65_HS1-834228961_62-HQ-83894_Section_7
Agency: FBI
Page 97
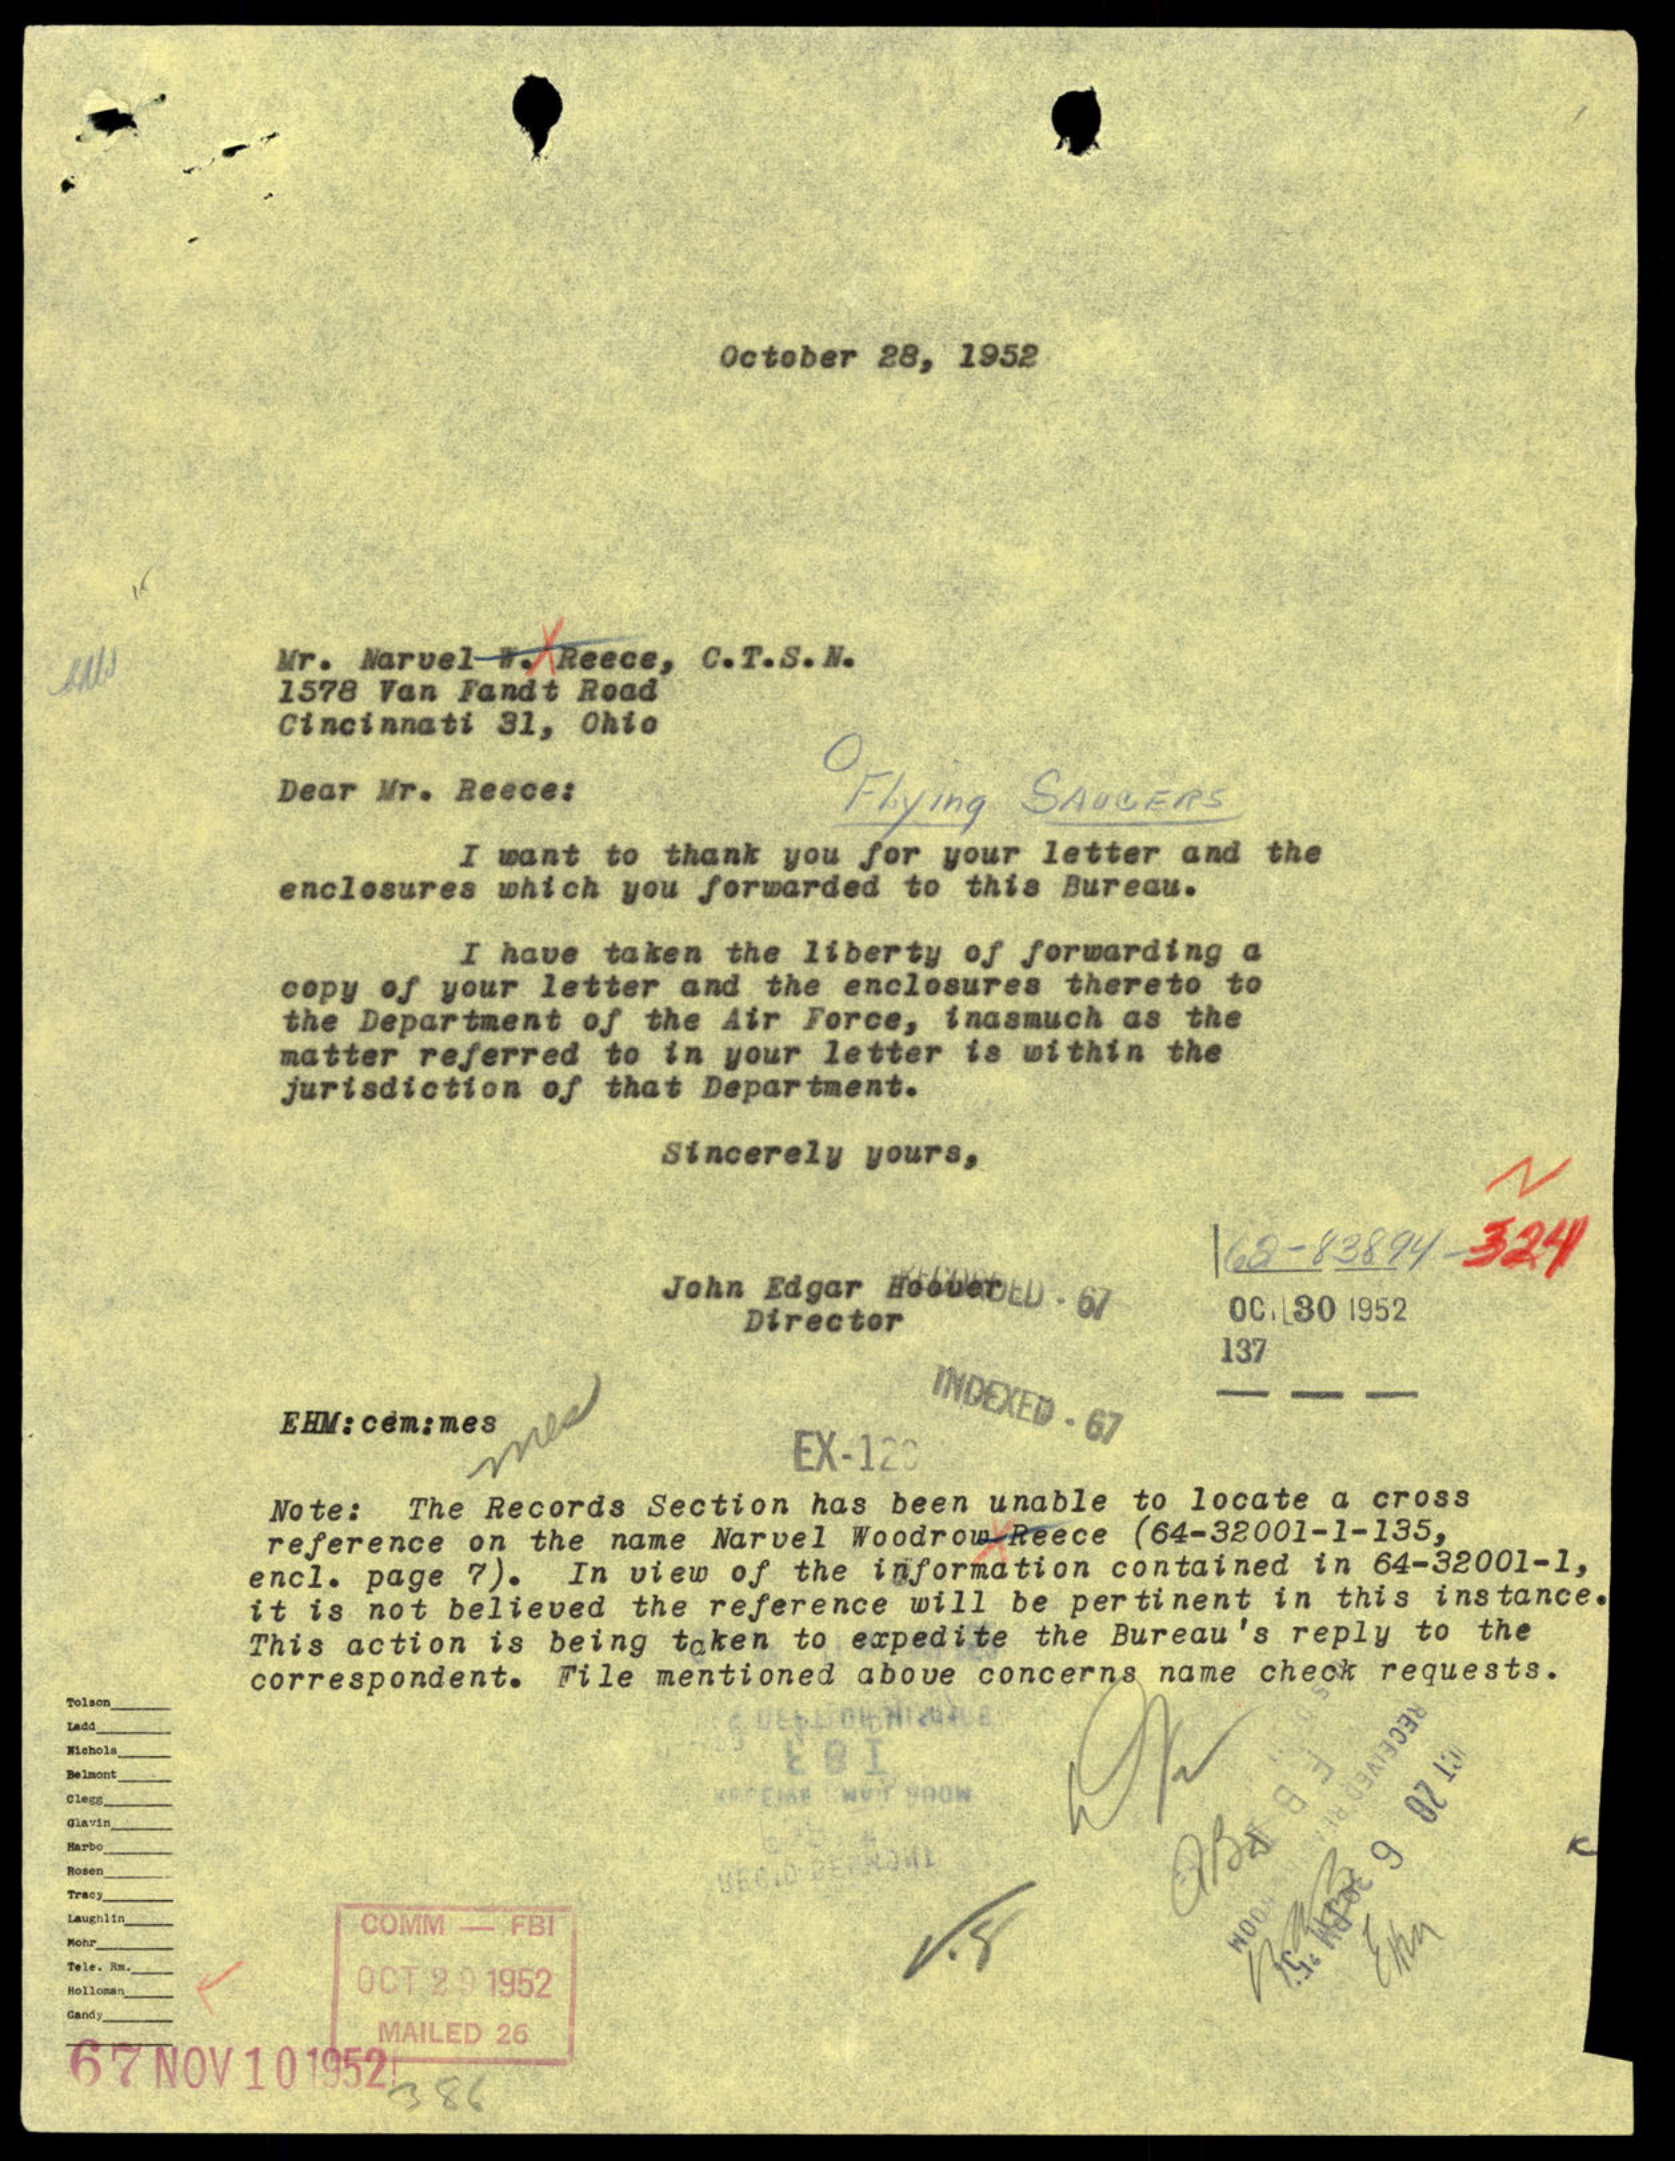